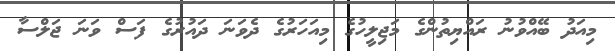
މިއަދު ބޭއްވުނު ރައްޔިތުންގެ މަޖިލީހުގެ މިއަހަރުގެ ދެވަނަ ދައުރުގެ ފަސް ވަނަ ޖަލްސާ